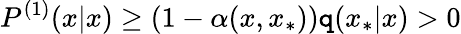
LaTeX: P^{(1)}(x|x)\geq(1-\alpha(x,x_{*}))\mathtt{q}(x_{*}|x)>0